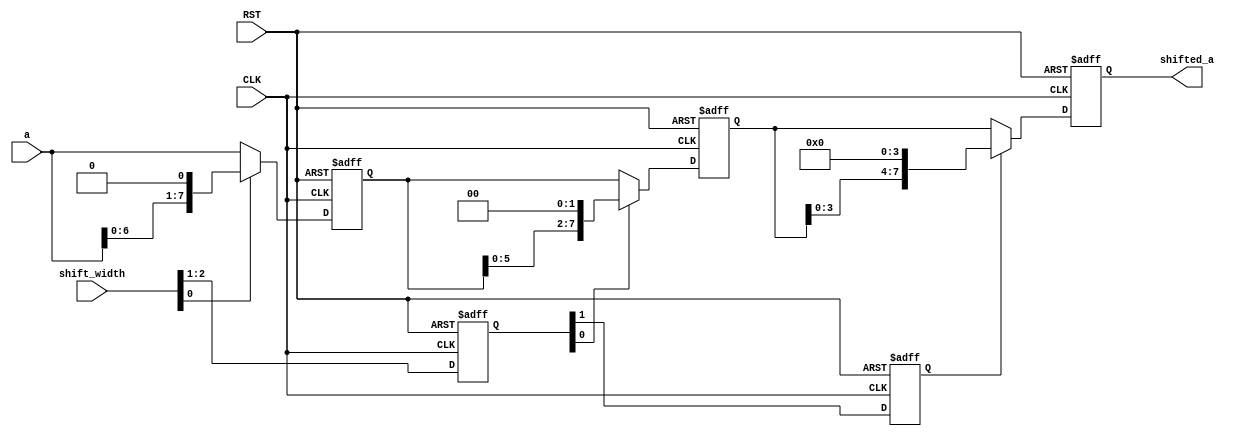
module variable_shift_pipeline
  (
    input CLK, input RST,
    input[7:0] a,
    input[2:0] shift_width,
    output[7:0] shifted_a
  );

//Definition for Variables in the module
wire[2:0] width_0;
reg[1:0]  width_1;
reg       width_2;
//Shift_width chain
wire[7:0] a0;
reg[7:0]  a1, a2, a3;
//Operates chain

//Load other module(s)
               
//Logical
assign a0 = a;
assign width_0 = shift_width;
assign shifted_a = a3;

always @(posedge CLK or negedge RST)
//Shift_width chain
begin
   if (!RST)
   //Reset
   begin
       width_1 <= 2'b00;
       width_2 <= 1'b0;
   end
   else
   begin
       width_1 <= width_0[2:1];
       width_2 <= width_1[1];
   end
end

always @(posedge CLK or negedge RST)
//Operation
begin
   if (!RST)
   begin
       a1 <= 8'h0;
   end
   else
   begin
       if (width_0[0])
       begin
           a1 <= a0 << 1;
       end
       else
       begin
           a1 <= a0;
       end
   end
end

always @(posedge CLK or negedge RST)
//Operation
begin
   if (!RST)
   begin
       a2 <= 8'h0;
   end
   else
   begin
       if (width_1[0])
       begin
           a2 <= a1 << 2;
       end
       else
       begin
           a2 <= a1;
       end
   end
end

always @(posedge CLK or negedge RST)
//Operation
begin
   if (!RST)
   begin
       a3 <= 8'h0;
   end
   else
   begin
       if (width_2)
       begin
           a3 <= a2 << 4;
       end
       else
       begin
           a3 <= a2;
       end
   end
end

endmodule